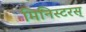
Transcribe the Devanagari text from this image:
मिनिस्टरस्